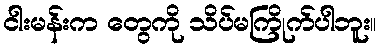
ငါးမန်းက တွေကို သိပ်မကြိုက်ပါဘူး။